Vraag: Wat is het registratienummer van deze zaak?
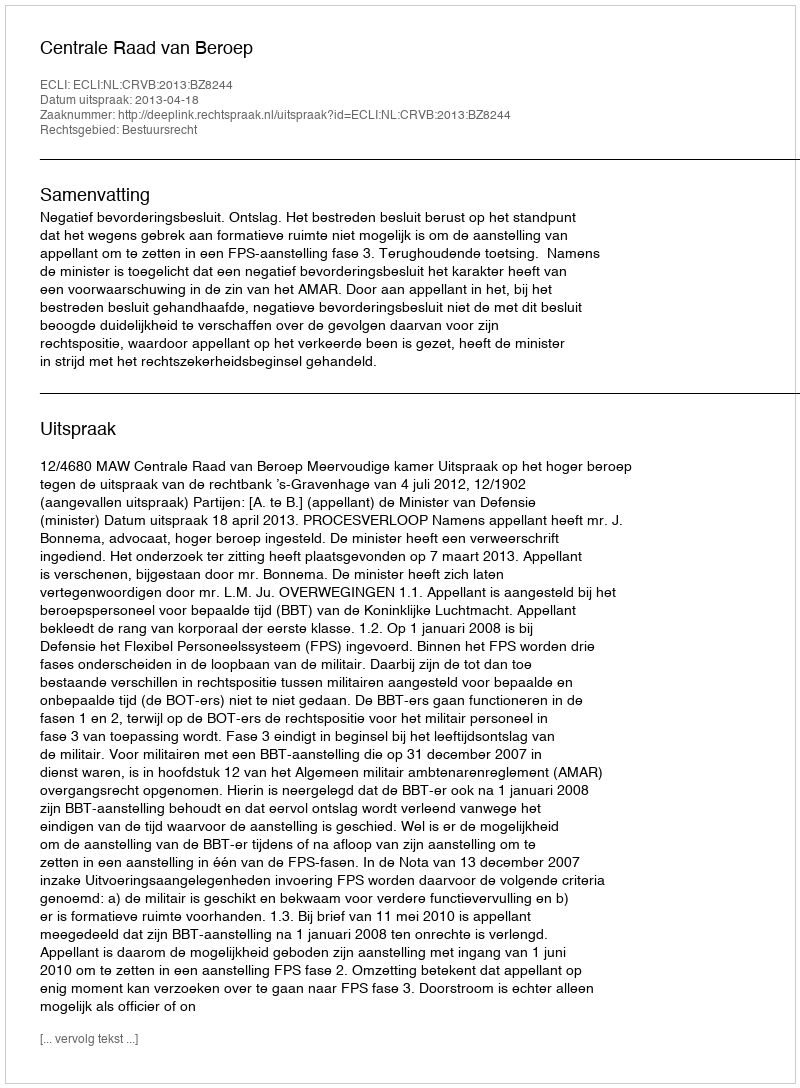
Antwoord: http://deeplink.rechtspraak.nl/uitspraak?id=ECLI:NL:CRVB:2013:BZ8244